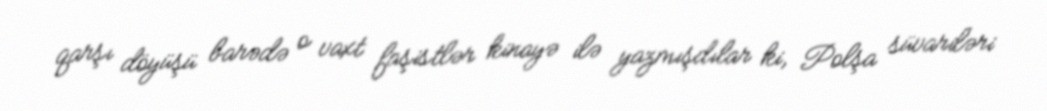
qarşı döyüşü barədə o vaxt faşistlər kinayə ilə yazmışdılar ki, Polşa süvariləri